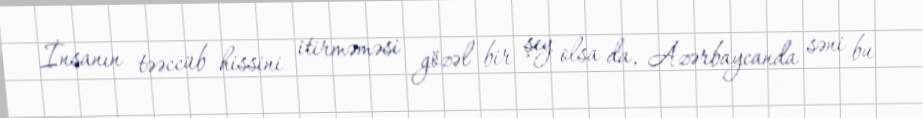
İnsanın təəccüb hissini itirməməsi gözəl bir şey olsa da, Azərbaycanda səni bu